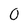
Character: 0